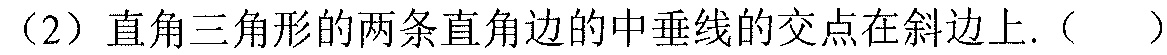
（2）直角三角形的两条直角边的中垂线的交点在斜边上.（  ）